Some observations on the poison of the banded krait (Bungarus fasciatus) - Number 7
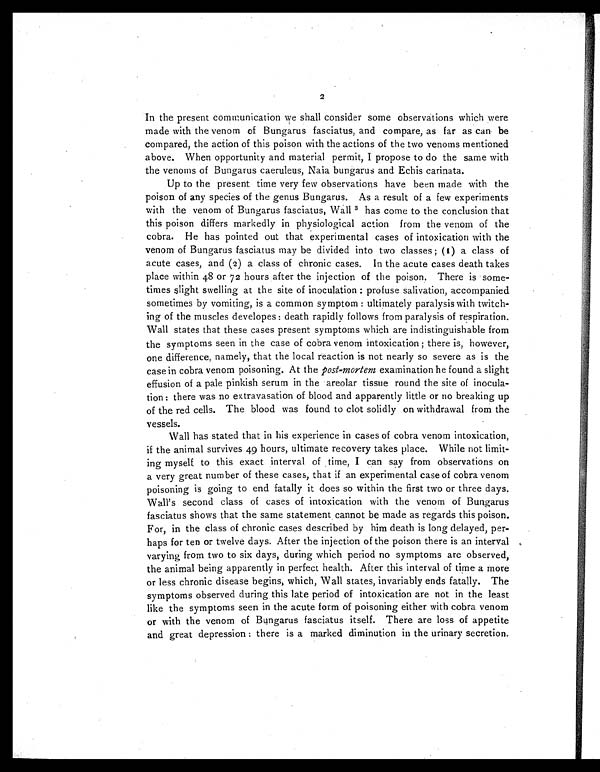
2
In the present communication we shall consider some observations which were
made with the venom of Bungarus fasciatus, and compare, as far as can be
compared, the action of this poison with the actions of the two venoms mentioned
above. When opportunity and material permit, I propose to do the same with
the venoms of Bungarus caeruleus, Naia bungarus and Echis carinata.
Up to the present time very few observations have been made with the
poison of any species of the genus Bungarus. As a result of a few experiments
with the venom of Bungarus fasciatus, Wall 3 h a s c o m e t o t h e c o n c l u s i o n t h a t
this poison differs markedly in physiological action from the venom of the
cobra. He has pointed out that experimental cases of intoxication with the
venom of Bungarus fasciatus may be divided into two classes; (1) a class of
acute cases, and (2) a class of chronic cases. In the acute cases death takes
place within 48 or 72 hours after the injection of the poison. There is some-
times slight swelling at the site of inoculation: profuse salivation, accompanied
sometimes by vomiting, is a common symptom: ultimately paralysis with twitch-
ing of the muscles developes: death rapidly follows from paralysis of respiration.
Wall states that these cases present symptoms which are indistinguishable from
the symptoms seen in the case of cobra venom intoxication; there is, however,
one difference, namely, that the local reaction is not nearly so severe as is the
case in cobra venom poisoning. At the post-mortem examination he found a slight
effusion of a pale pinkish serum in the areolar tissue round the site of inocula-
tion: there was no extravasation of blood and apparently little or no breaking up
of the red cells. The blood was found to clot solidly on withdrawal from the
vessels.
Wall has stated that in his experience in cases of cobra venom intoxication,
if the animal survives 49 hours, ultimate recovery takes place. While not limit-
ing myself to this exact interval of time, I can say from observations on
a very great number of these cases, that if an experimental case of cobra venom
poisoning is going to end fatally it does so within the first two or three days.
Wall's second class of cases of intoxication with the venom of Bungarus
fasciatus shows that the same statement cannot be made as regards this poison.
For, in the class of chronic cases described by him death is long delayed, per-
haps for ten or twelve days. After the injection of the poison there is an interval
varying from two to six days, during which period no symptoms are observed,
the animal being apparently in perfect health. After this interval of time a more
or less chronic disease begins, which, Wall states, invariably ends fatally. The
symptoms observed during this late period of intoxication are not in the least
like the symptoms seen in the acute form of poisoning either with cobra venom
or with the venom of Bungarus fasciatus itself. There are loss of appetite
and great depression: there is a marked diminution in the urinary secretion.